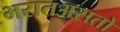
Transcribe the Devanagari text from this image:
भरातअसतो